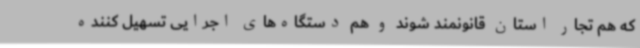
که هم تجار استان قانونمند شوند و هم دستگاه‌های اجرایی تسهیل کننده